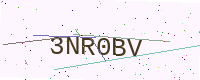
Text: 3NR0BV